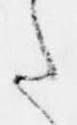
た